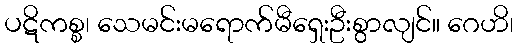
ပဋိကစ္စ၊ သေမင်းမရောက်မီရှေးဦးစွာလျင်။ ဂေဟိ၊